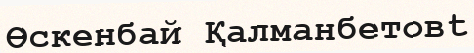
Өскенбай Қалманбетовt